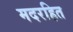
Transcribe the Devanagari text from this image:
मदरहित